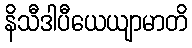
နိသီဒါပီယေယျာမာတိ